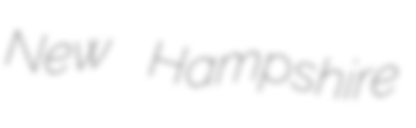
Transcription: New Hampshire